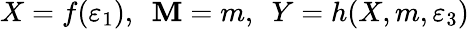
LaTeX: X=f(\varepsilon_{1}),~~\mathbf{M}=m,~~Y=h(X,m,\varepsilon_{3})